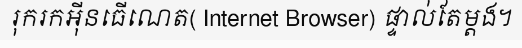
រុករកអ៊ីនធើណេត( Internet Browser) ផ្ទាល់តែម្តង។